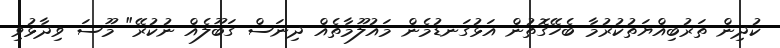
ކުދިން ތަރުބިއްޔަތުކުރުމާ ބެހޭގޮތުން އަޅުގަނޑުމެން މައުލޫމާތެއް ދިނަސް ގަބޫލެއް ނުކުރޭ" މޫސަ ވިދާޅުވި